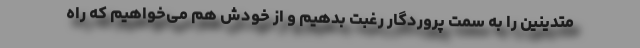
متدینین را به سمت پروردگار رغبت بدهیم و از خودش هم می‌خواهیم که راه